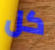
كل